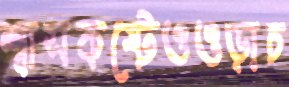
শ্বাসকষ্টেওওড়াচ